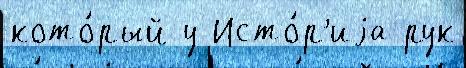
кото́рый у Исто́р'иjа рук